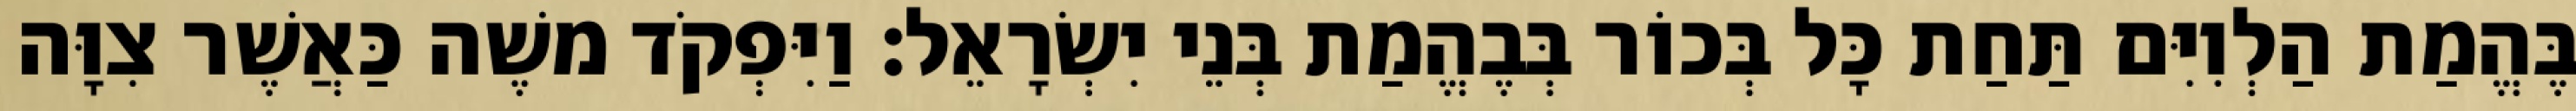
בֶּהֱמַת הַלְוִיִּם תַּחַת כָּל בְּכוֹר בְּבֶהֱמַת בְּנֵי יִשְׂרָאֵל׃ וַיִּפְקֹד משֶׁה כַּאֲשֶׁר צִוָּה